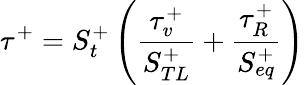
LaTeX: \tau^{+}=S_{t}^{+}\left(\frac{\tau_{v}^{+}}{S_{TL}^{+}}+\frac{\tau_{R}^{+}}{S_{eq}^{+}}\right)